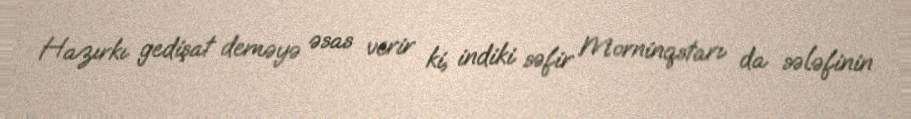
Hazırkı gedişat deməyə əsas verir ki, indiki səfir Morninqstarı da sələfinin